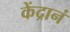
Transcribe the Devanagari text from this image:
केंद्रानं